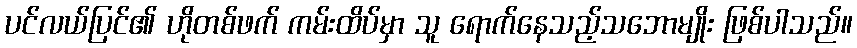
ပင်လယ်ပြင်၏ ဟိုတစ်ဖက် ကမ်းထိပ်မှာ သူ ရောက်နေသည့်သဘောမျိုး ဖြစ်ပါသည်။